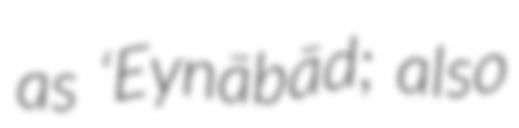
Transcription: as ‘Eynābād; also